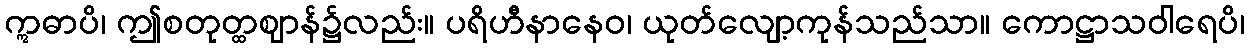
ဣဓာပိ၊ ဤစတုတ္ထဈာန်၌လည်း။ ပရိဟီနာနေဝ၊ ယုတ်လျော့ကုန်သည်သာ။ ကောဋ္ဌာသဝါရေပိ၊